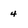
Character: 4